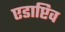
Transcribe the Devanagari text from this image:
एडाप्टिव